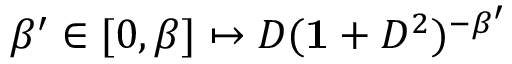
\beta ^ { \prime } \in [ 0 , \beta ] \mapsto D ( { \bf 1 } + D ^ { 2 } ) ^ { - \beta ^ { \prime } }